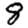
Digit: 8